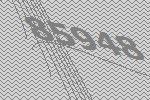
85948